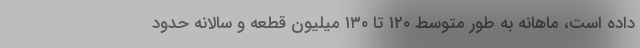
داده است، ماهانه به طور متوسط ۱۲۰ تا ۱۳۰ میلیون قطعه و سالانه حدود